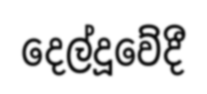
දෙල්දූවේදී